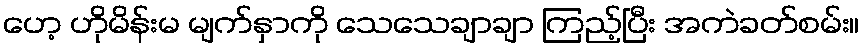
ဟေ့ ဟိုမိန်းမ မျက်နှာကို သေသေချာချာ ကြည့်ပြီး အကဲခတ်စမ်း။